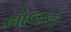
બોલકો